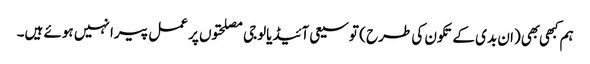
ہم کبهی بهی (ان بدی کے تکون کی طرح ) توسیعی آئیڈیالوجی مصلحتوں پر عمل پیرا نہیں ہوئے ہیں۔